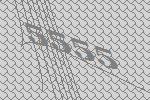
5555